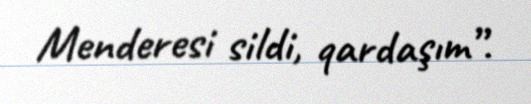
Menderesi sildi, qardaşım”.